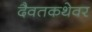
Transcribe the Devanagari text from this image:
दैवतकथेवर